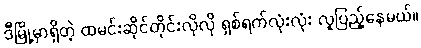
ဒီမြို့မှာရှိတဲ့ ထမင်းဆိုင်တိုင်းလိုလို ရှစ်ရက်လုံးလုံး လူပြည့်နေမယ်။